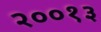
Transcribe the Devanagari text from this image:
२००१३